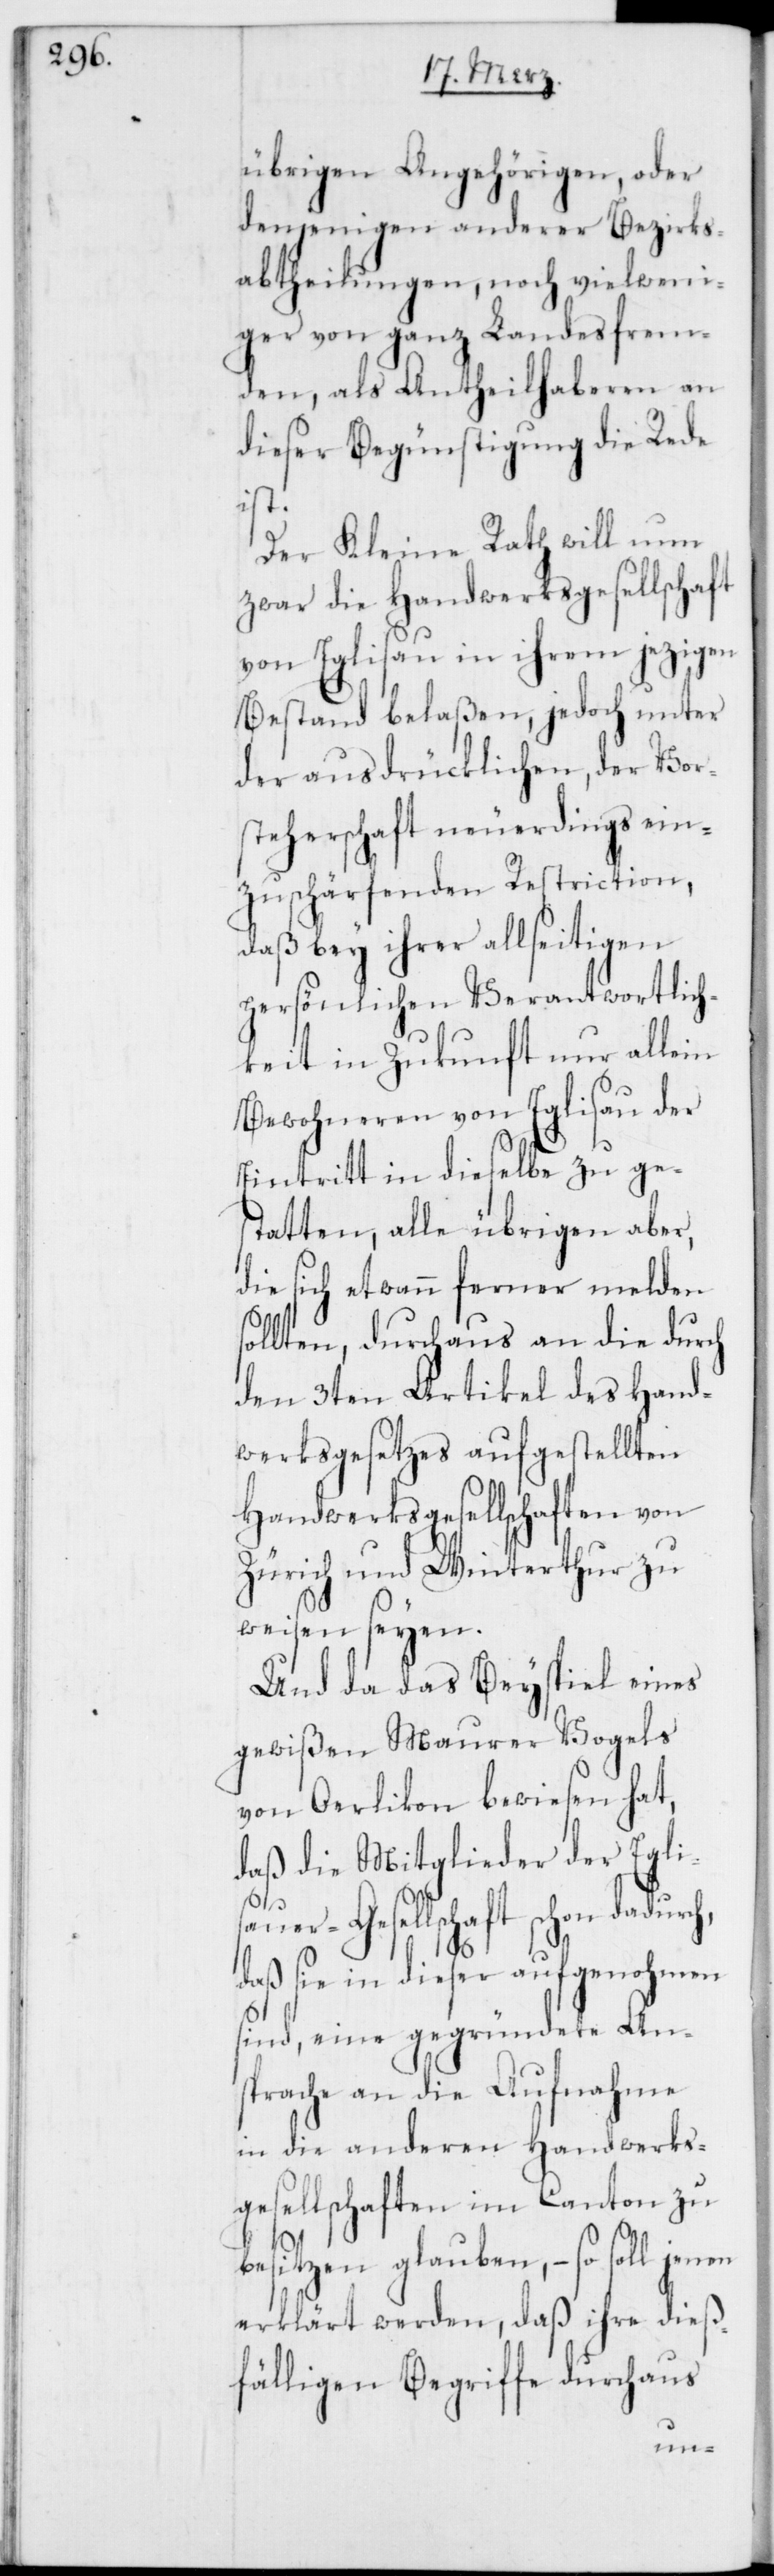
übrigen Angehörigen, oder
denjenigen anderer Bezirks¬
abtheilungen, noch vielweni¬
ger von ganz Landesfrem¬
den, als Antheilhaberen an
dieser Begünstigung die Rede
ch,
Der Kleine Rath will nun
zwar die Handwerksgesellschaft
von Eglisau in ihrem jezigen
Bestand belaßen, jedoch unter
der ausdrücklichen, der Vor¬
steherschaft neuerdings ein¬
zuschärfenden Restriction,
daß bey ihrer allseitigen
persönlichen Verantwortlich¬
keit in Zukunft nur allein
Bewohneren von Eglisau der
Eintritt in dieselbe zu ges¬
tatten, alle übrigen aber,
die sich etwann ferner melden
sollten, durchaus an die durch
den 3ten Artikel des Hand¬
werksgesetzes aufgestellten
Handwerksgesellschaften von
Zürich und Winterthur zu
weisen seyen.
Und da das Beyspiel eines
gewißen Maurer Vogels
von Oerlikon bewiesen hat,
daß die Mitglieder der Eglis¬
auer-Gesellschaft schon dadur¬
daß sie in dieser aufgenohmen
sind, eine gegründete An¬
sprache an die Aufnahme
in die anderen Handwerks¬
gesellschaften im Canton zu
besitzen glauben, – so soll jenen
erklärt werden, daß ihre dieß¬
fälligen Begriffe durchaus